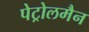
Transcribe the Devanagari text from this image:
पेट्रोलमैन